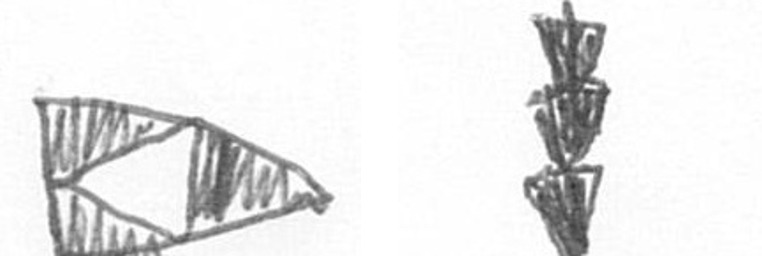
K E